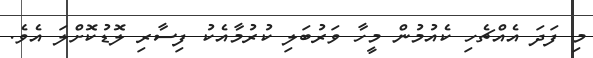
މި ފަދަ އެއްޗެހި ކެއުމުން މީހާ ވަރުބަލި ކުރުމާއެކު ފިސާރި ލޮޑުކޮށްލަ އެވެ.